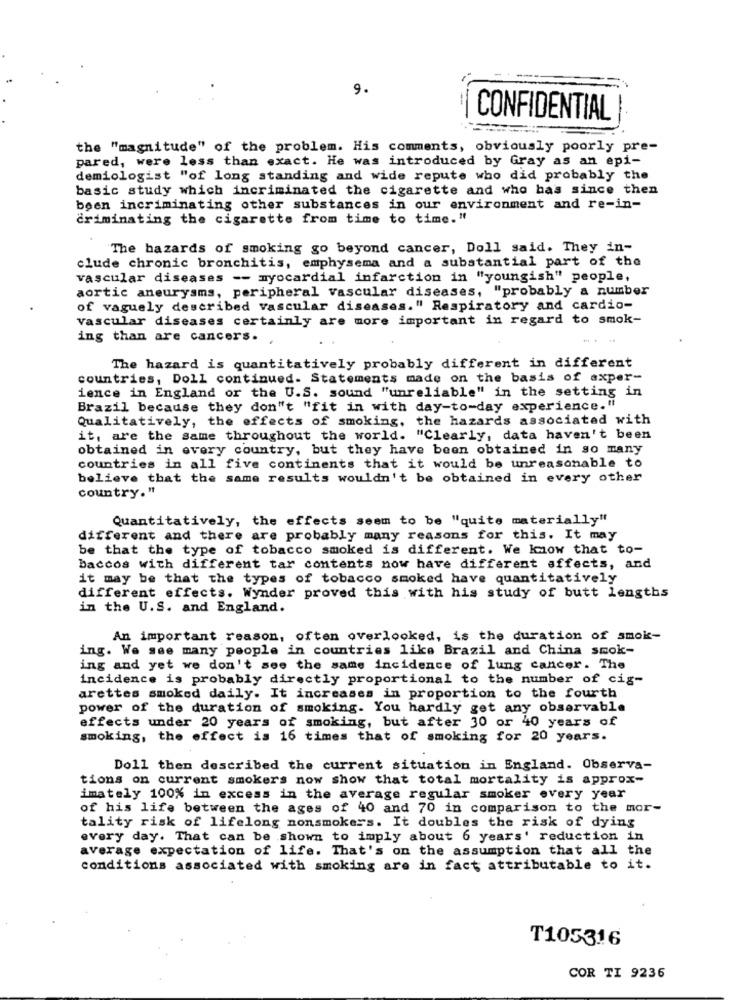
9.
CONFIDENTIAL
the "magnitude" of the problem. His comments, obviously poorly pre-
pared, were less than exact. He was introduced by Gray as an epi-
demiologist "of long standing and wide repute who did probably the
basic study which incriminated the cigarette and who has since then
been incriminating other substances in our environment and re-in-
criminating the cigarette from time to time."
"The bazards of smoking go beyond cancer, Doll said. They in-
clude chronic bronchitis, emphysema and a substantial part of the
vascular diseases -- myocardial infarction in "youngish" people,
aortic aneurysms, peripheral vascular diseases, "probably a number
of vaguely described vascular diseases." Respiratory and cardio-
Vascular diseases certainly are more important in regard to smok-
ing than are cancers.
The hazard is quantitatively probably different in different
countries, Doll continued. Statements made on the basis of axper-
ience in England or the U.S. sound "unreliable" in the setting in
Brazil because they don't "fit in with day-to-day experience."
Qualitatively, the effects of smoking, the hazards associated with
it, are the same throughout the world. "Clearly, data haven't been
obtained in every country, but they have been obtained in so many
countries in all five continents that it would be unreasonable to
believe that the same results wouldn't be obtained in every other
country."
Quantitatively, the effects seem to be "quite materially"
different and there are probably many reasons for this. It may
be that the type of tobacco smoked is different. We know that to-
Daccos with different tar contents now have different affects, and
it may be that the types of tobacco smoked have quantitatively
different effects. Wynder proved this with his study of butt lengths
in the U.S. and England.
An important reason, often overlooked, is the duration of smok-
ing. We see many people in countries like Brazil and China smok-
ing and yet we don't see the same incidence of lung cancer. The
incidence is probably directly proportional to the number of cig-
arettes smoked daily. It increases in proportion to the fourth
power of the duration of smoking. You hardly get any observable
effects under 20 years of smoking, but after 30 or 40 years of
smoking, the effect is 16 times that of smoking for 20 years.
Doll then described the current situation in England. Observa-
tions on current smokers now show that total mortality is approx-
imately 100% in excess in the average regular smoker every year
of his life between the ages of 40 and 70 in comparison to the mor-
tality risk of lifelong nonsmokers. It doubles the risk of dying
every day. That can be shown to imply about 6 years' reduction in
average expectation of life. That's on the assumption that all the
conditions associated with smoking are in fact attributable to it.
T105316
COR TI 9236